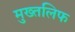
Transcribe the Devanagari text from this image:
मुख्तलिफ